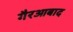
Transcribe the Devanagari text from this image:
गैरआबाद